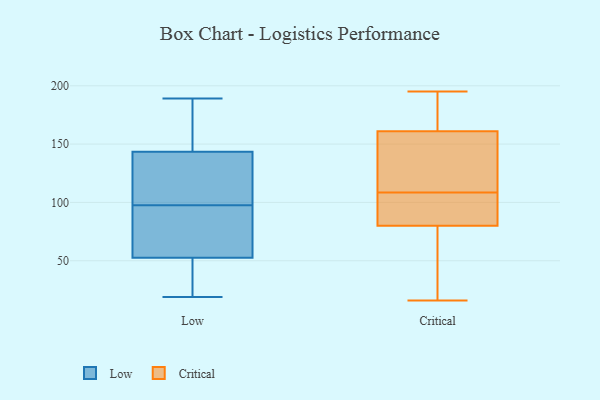
{"axis": {"x": "Production Output", "y": "Value"}, "legend": ["Critical", "Low"], "data": [{"x": "", "y": 25, "type": "Low"}, {"x": "", "y": 163, "type": "Low"}, {"x": "", "y": 91, "type": "Low"}, {"x": "", "y": 19, "type": "Low"}, {"x": "", "y": 104, "type": "Low"}, {"x": "", "y": 25, "type": "Low"}, {"x": "", "y": 74, "type": "Low"}, {"x": "", "y": 117, "type": "Low"}, {"x": "", "y": 189, "type": "Low"}, {"x": "", "y": 133, "type": "Low"}, {"x": "", "y": 112, "type": "Low"}, {"x": "", "y": 43, "type": "Low"}, {"x": "", "y": 79, "type": "Low"}, {"x": "", "y": 163, "type": "Low"}, {"x": "", "y": 154, "type": "Low"}, {"x": "", "y": 62, "type": "Low"}, {"x": "", "y": 38, "type": "Critical"}, {"x": "", "y": 172, "type": "Critical"}, {"x": "", "y": 195, "type": "Critical"}, {"x": "", "y": 107, "type": "Critical"}, {"x": "", "y": 93, "type": "Critical"}, {"x": "", "y": 62, "type": "Critical"}, {"x": "", "y": 16, "type": "Critical"}, {"x": "", "y": 80, "type": "Critical"}, {"x": "", "y": 180, "type": "Critical"}, {"x": "", "y": 110, "type": "Critical"}, {"x": "", "y": 118, "type": "Critical"}, {"x": "", "y": 125, "type": "Critical"}, {"x": "", "y": 161, "type": "Critical"}, {"x": "", "y": 85, "type": "Critical"}, {"x": "", "y": 75, "type": "Critical"}, {"x": "", "y": 190, "type": "Critical"}, {"x": "", "y": 154, "type": "Critical"}, {"x": "", "y": 90, "type": "Critical"}]}